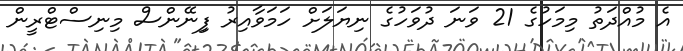
އެ މުއްދަތު މިމަހުގެ 21 ވަނަ ދުވަހުގެ ނިޔަލަށް ހަމަވާއިރު ފިިނޭންސް މިނިސްޓްރީން